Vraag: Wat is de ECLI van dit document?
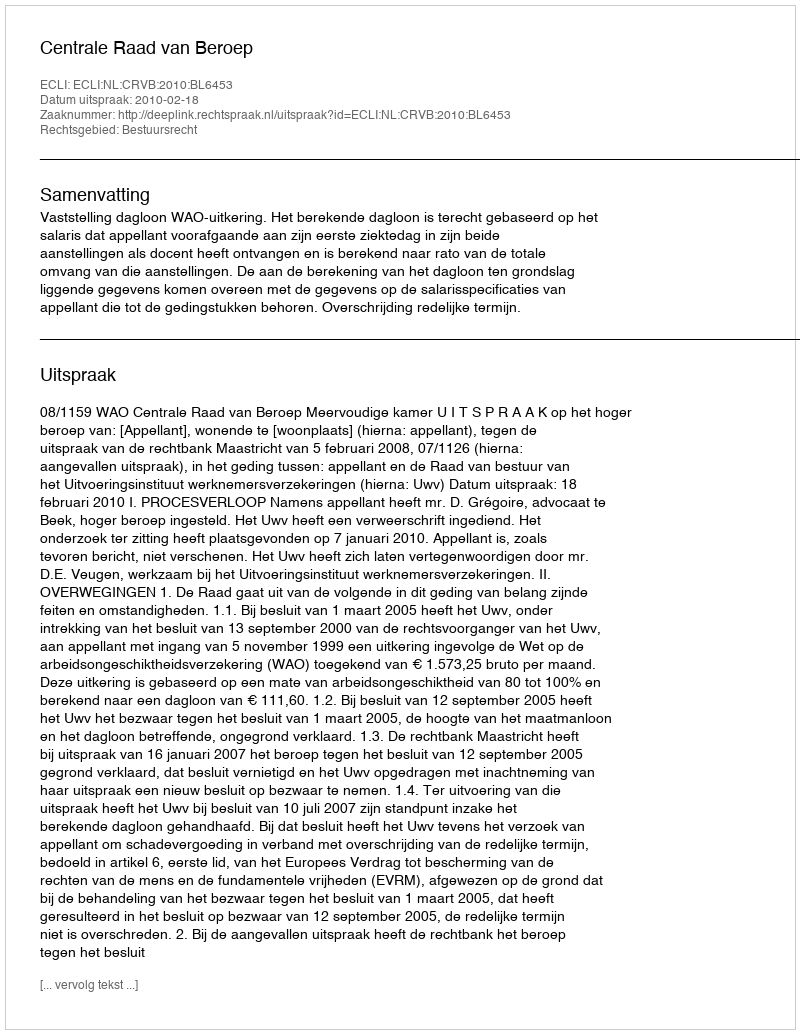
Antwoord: ECLI:NL:CRVB:2010:BL6453